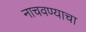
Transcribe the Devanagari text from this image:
नाचवण्याचा